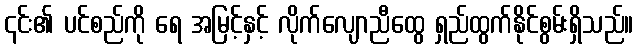
၎င်း၏ ပင်စည်ကို ရေ အမြင့်နှင့် လိုက်လျောညီထွေ ရှည်ထွက်နိုင်စွမ်းရှိသည်။